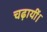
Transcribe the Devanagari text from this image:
चढ़ायीं।